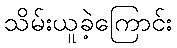
သိမ်းယူခဲ့ကြောင်း